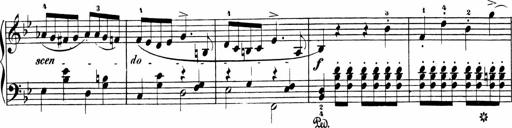
Title: Sonatinen Op.47, 98 und 136, nebst 6 Liedersonatinen
Composer: Carl Reinecke